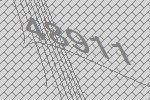
48911